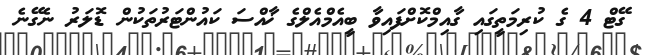
ގޭޓް 4 ގެ ކުރިމަތީގައި ގާއިމްކޮށްފައިވާ ބީއެމްއެލްގެ ޚާއްސަ ކައުންޓަރުތަކުން ޑޮލަރު ނެގޭނެ